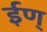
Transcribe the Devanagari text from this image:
ईण्